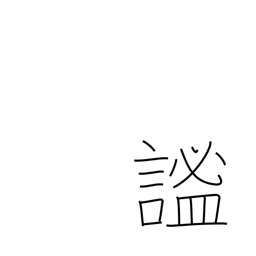
Meaning: quiet